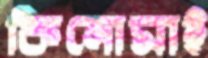
কিনোমাই